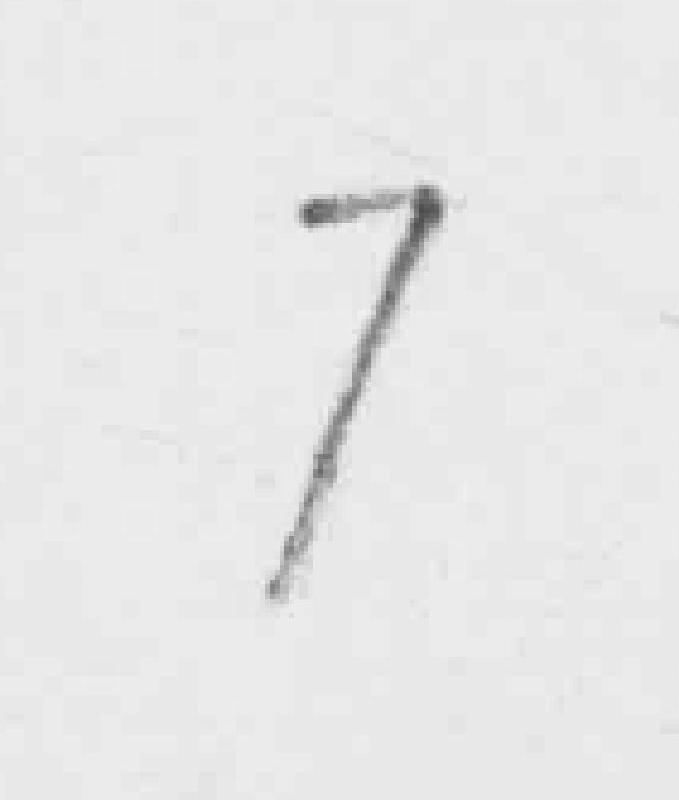
7